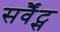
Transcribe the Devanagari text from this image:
सर्वैंट्स